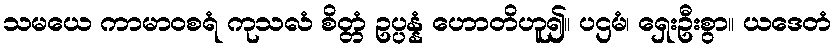
သမယေ ကာမာဝစရံ ကုသလံ စိတ္တံ ဥပ္ပန္နံ ဟောတိဟူ၍။ ပဌမံ၊ ရှေးဦးစွာ။ ယဒေတံ